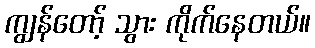
ကျွန်တော့် သွား ကိုက်နေတယ်။